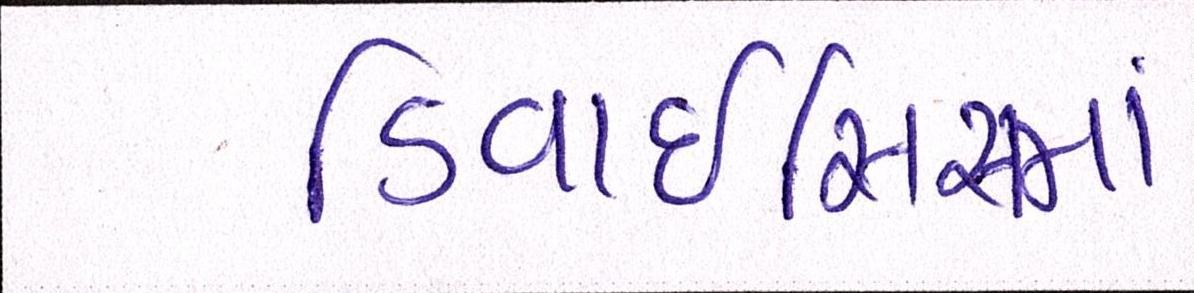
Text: ડિવાઇસિસમાં